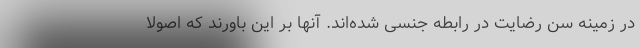
در زمینه سن رضایت در رابطه جنسی شده‌اند. آنها بر این باورند که اصولا